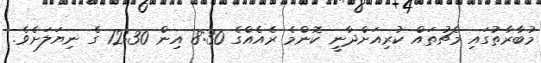
މުބާރާތުގައި މެޗުތައް ކުރިއަށްދާނީ ކޮންމެ ރެއެއްގެ 8:30 އިން 12:30 ގެ ނިޔަލަށެވެ.